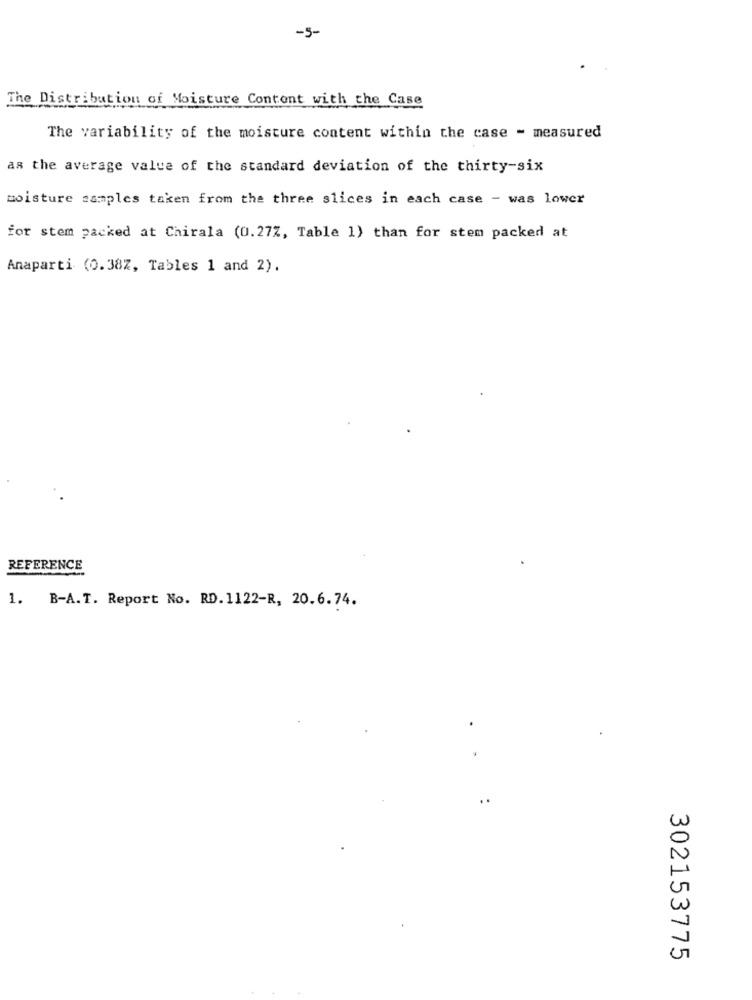
-5-
The Distribution of Moisture Content with the Case
The variability of the moisture content within the case - measured
as the average value of the standard deviation of the thirty-six
moisture samples taken from the three slices in each case - was lower
for stem packed at Chirala (0.27%, Table 1) than for stem packed at
Anaparti (0.38%, Tables 1 and 2).
REFERENCE
1. B-A.T. Report No. RD. 1122-R, 20.6.74.
..
302153775